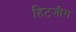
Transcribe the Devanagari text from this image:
हिटजीग